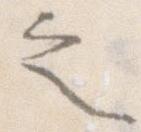
之